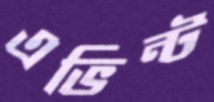
এভিন্ট